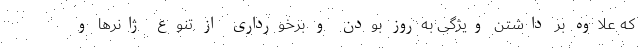
که علاوه بر داشتن ویژگی به‌روز بودن و برخورداری از تنوع ژانرها و